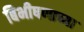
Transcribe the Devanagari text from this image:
बिभीषणाच्या